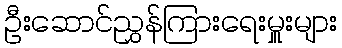
ဦးဆောင်ညွှန်ကြားရေးမှူးများ